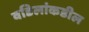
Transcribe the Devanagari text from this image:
वडिलांकडील